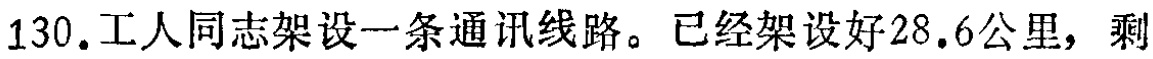
130.工人同志架设一条通讯线路。已经架设好28.6公里，剩